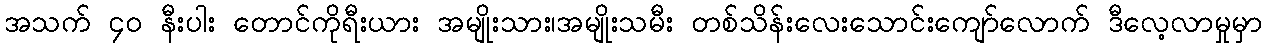
အသက် ၄၀ နီးပါး တောင်ကိုရီးယား အမျိုးသား၊အမျိုးသမီး တစ်သိန်းလေးသောင်းကျော်လောက် ဒီလေ့လာမှုမှာ